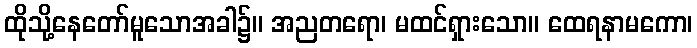
ထိုသို့နေတော်မူသောအခါ၌။ အညတရော၊ မထင်ရှားသော။ ထေရနာမကော၊